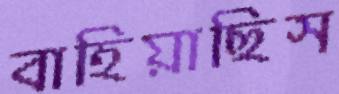
বাহিয়াছিস